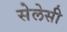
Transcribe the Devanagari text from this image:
सेलेसी